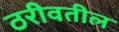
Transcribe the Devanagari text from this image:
ठरीवतील